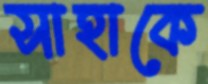
সাহাকে